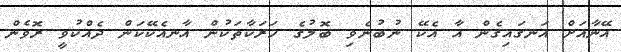
އޭނާއަށް އަނގައިގެން އާ އެކޭ ނުބުނެވި ބޮލުގެ ހަރަކާތަކުން އާނއެކޭކަން ދެއްކުވީ ރޮވެން